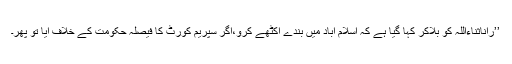
’’راناثناءاللہ کو بلاکر کہا گیا ہے کہ اسلام آباد میں بندے اکٹھے کرو،اگر سپریم کورٹ کا فیصلہ حکومت کے خلاف آیا تو پھر۔